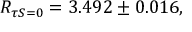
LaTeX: R _ { \tau S = 0 } = 3 . 4 9 2 \pm 0 . 0 1 6 { } ,